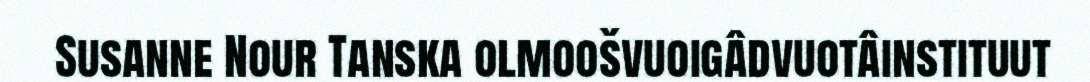
Susanne Nour Tanska olmoošvuoigâdvuotâinstituut